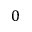
0